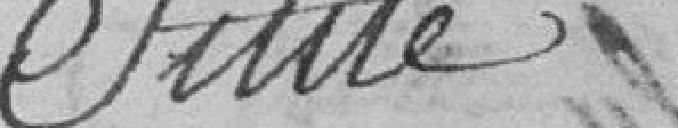
Suite